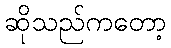
ဆိုသည်ကတော့